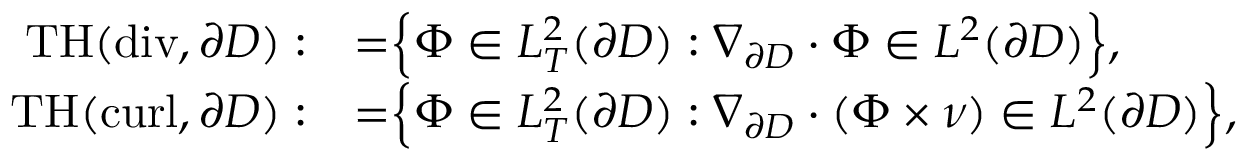
\begin{array} { r l } { \mathrm { T H } ( \mathrm { d i v } , \partial D ) : } & { = \Bigr \{ { \Phi } \in L _ { T } ^ { 2 } ( \partial D ) : \nabla _ { \partial D } \cdot { \Phi } \in L ^ { 2 } ( \partial D ) \Bigr \} , } \\ { \mathrm { T H } ( \mathrm { c u r l } , \partial D ) : } & { = \Bigr \{ { \Phi } \in L _ { T } ^ { 2 } ( \partial D ) : \nabla _ { \partial D } \cdot ( { \Phi } \times { \nu } ) \in L ^ { 2 } ( \partial D ) \Bigr \} , } \end{array}